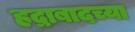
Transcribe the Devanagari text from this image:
हद्राबादच्या